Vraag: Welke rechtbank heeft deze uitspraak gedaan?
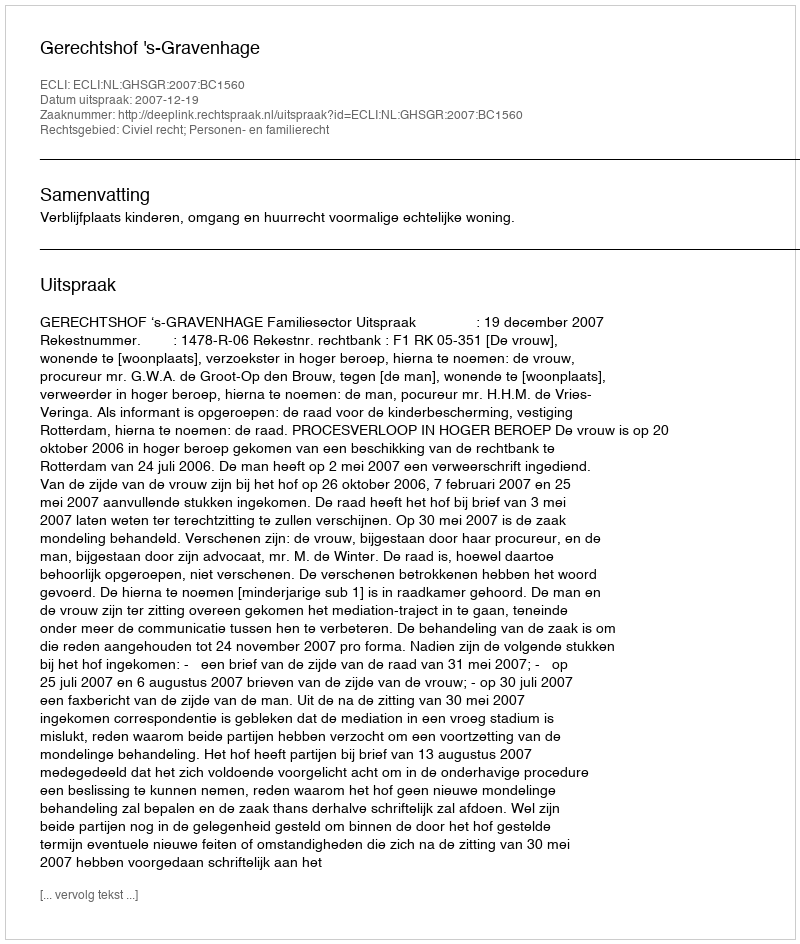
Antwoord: Gerechtshof 's-Gravenhage